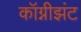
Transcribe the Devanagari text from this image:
कॉग्नीझंट